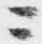
ニ